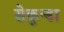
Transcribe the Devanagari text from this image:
सेकुन्डा